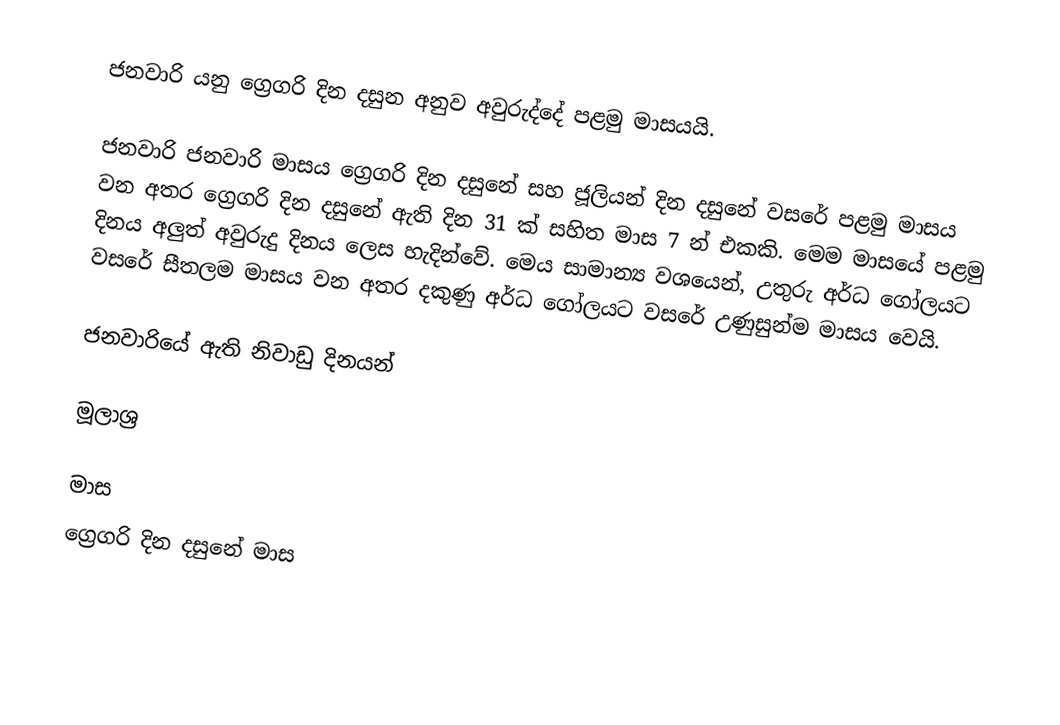
ජනවාරි යනු ග්‍රෙගරි දින දසුන අනුව අවුරුද්දේ පළමු මාසයයි.

ජනවාරි  ජනවාරි මාසය ග්‍රෙගරි දින දසුනේ සහ ජූලියන් දින දසුනේ වසරේ පළමු මාසය වන අතර ග්‍රෙගරි දින දසුනේ ඇති දින 31 ක් සහිත මාස 7 න් එකකි. මෙම මාසයේ පළමු දිනය අලුත් අවුරුදු දිනය ලෙස හැදින්වේ. මෙය සාමාන්‍ය වශයෙන්, උතුරු අර්ධ ගෝලයට වසරේ සීතලම මාසය වන අතර දකුණු අර්ධ ගෝලයට වසරේ උණුසුන්ම මාසය වෙයි.

ජනවාරියේ ඇති නිවාඩු දිනයන්

මූලාශ්‍ර

මාස
ග්‍රෙගරි දින දසුනේ මාස